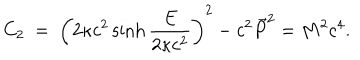
C _ { 2 } \ = \ \left( 2 \kappa c ^ { 2 } \sinh \frac { E } { 2 \kappa c ^ { 2 } } \right) ^ { 2 } - c ^ { 2 } \vec { P } ^ { 2 } = M ^ { 2 } c ^ { 4 } .